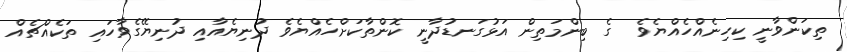
ތިކަންވާނީ ކިހިނެއްހެއްޔެވެ  ގެ ބިންމަތިން އަޅުގަނޑުދާނީ ކޮންތާކަށްހެއްޔެވެ ދުނިޔެއާއި ދުނިޔޭގެވާހައި ތަކެއްޗެއް